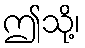
ဤသို့၊